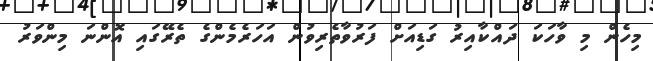
މިހެން މި ވާހަކަ ދައްކާއިރު ގަޑިއަށް ފަރުވާތެރިވުން އަހަރެމެންގެ ތެރޭގައި އޮންނަ މިންވަރު